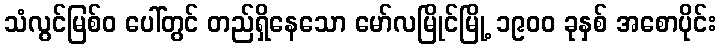
သံလွင်မြစ်ဝ ပေါ်တွင် တည်ရှိနေသော မော်လမြိုင်မြို့ ၁၉၀၀ ခုနှစ် အစောပိုင်း